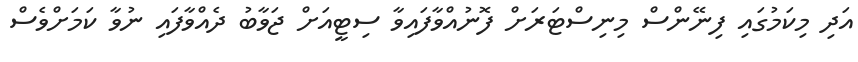
އަދި މިކަމުގައި ފިނޭންސް މިނިސްޓަރަށް ފޮނުއްވާފައިވާ ސިޓީއަށް ޖަވާބު ދެއްވާފައި ނުވާ ކަމަށްވެސް